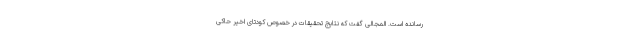
رسانده است. المجالی گفت که نتایج تحقیقات در خصوص کودتای اخیر حاکی